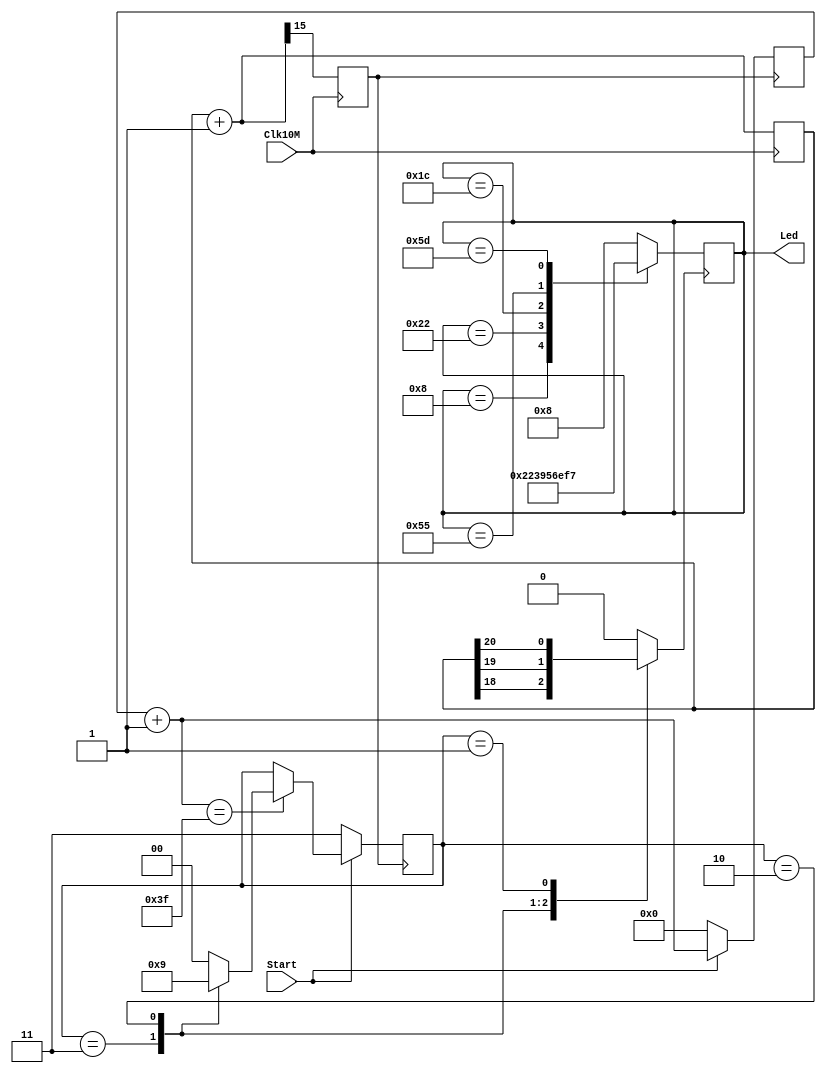
// Ch10 dice.v
// YlC

module dice (Clk10M,Start,Led);
input  Clk10M,Start;	// @J ()
output [ 6:0] Led;	// CX (lCq) 
reg    [ 6:0] Led;	// is
reg    [20:0] Cnt1;	// p (W)
reg    [ 5:0] Cnt2;	// p (A)
reg    [ 1:0] State;	// lA
reg    Clk,Dice_clk;	// lWv

// Wq 
always@ (posedge Clk10M)
  begin
    Cnt1 = Cnt1 + 1;
    Clk = Cnt1[15];
  end

// A 
always@ (posedge Clk)
  if (Start == 0)		// l}lB
    begin
      State = 3;		// l_lA
      Cnt2  = 0;
    end
  else				// l}lt
    begin
      Cnt2 = Cnt2 + 1;
      if (Cnt2 == 6'b111111)
        case (State)
          3   	  : State = 2; 	// lA
          2       : State = 1;
          default : State = 0;
        endcase
    end

// lWvA
always@ (State)
  case (State)
    3       : Dice_clk = Cnt1[18]; 
    2       : Dice_clk = Cnt1[19];
    1       : Dice_clk = Cnt1[20];
    default : Dice_clk = 0;	// l
  endcase

// l LED 
always@ (posedge Dice_clk)
  case (Led)
    7'b0001000	: Led = 7'b0100010; // 2
    7'b0100010	: Led = 7'b0011100; // 3
    7'b0011100	: Led = 7'b1010101; // 4
    7'b1010101	: Led = 7'b1011101; // 5
    7'b1011101	: Led = 7'b1110111; // 6
    default 	: Led = 7'b0001000; // 1
  endcase

endmodule